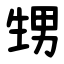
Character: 甥